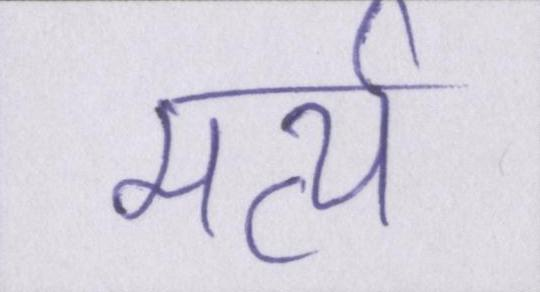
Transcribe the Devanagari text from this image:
मर्त्य